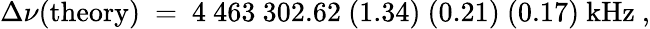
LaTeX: \Delta\nu(\mathrm{theory})~=~4~463~302.62~(1.34)~(0.21)~(0.17)~\mathrm{kHz}~,